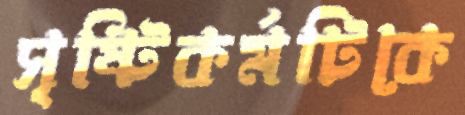
সৃষ্টিকর্মটিকে